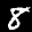
Label: 8